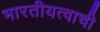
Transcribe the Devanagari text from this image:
भारतीयत्वाची